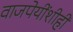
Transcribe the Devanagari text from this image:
वाजपेयींशीही